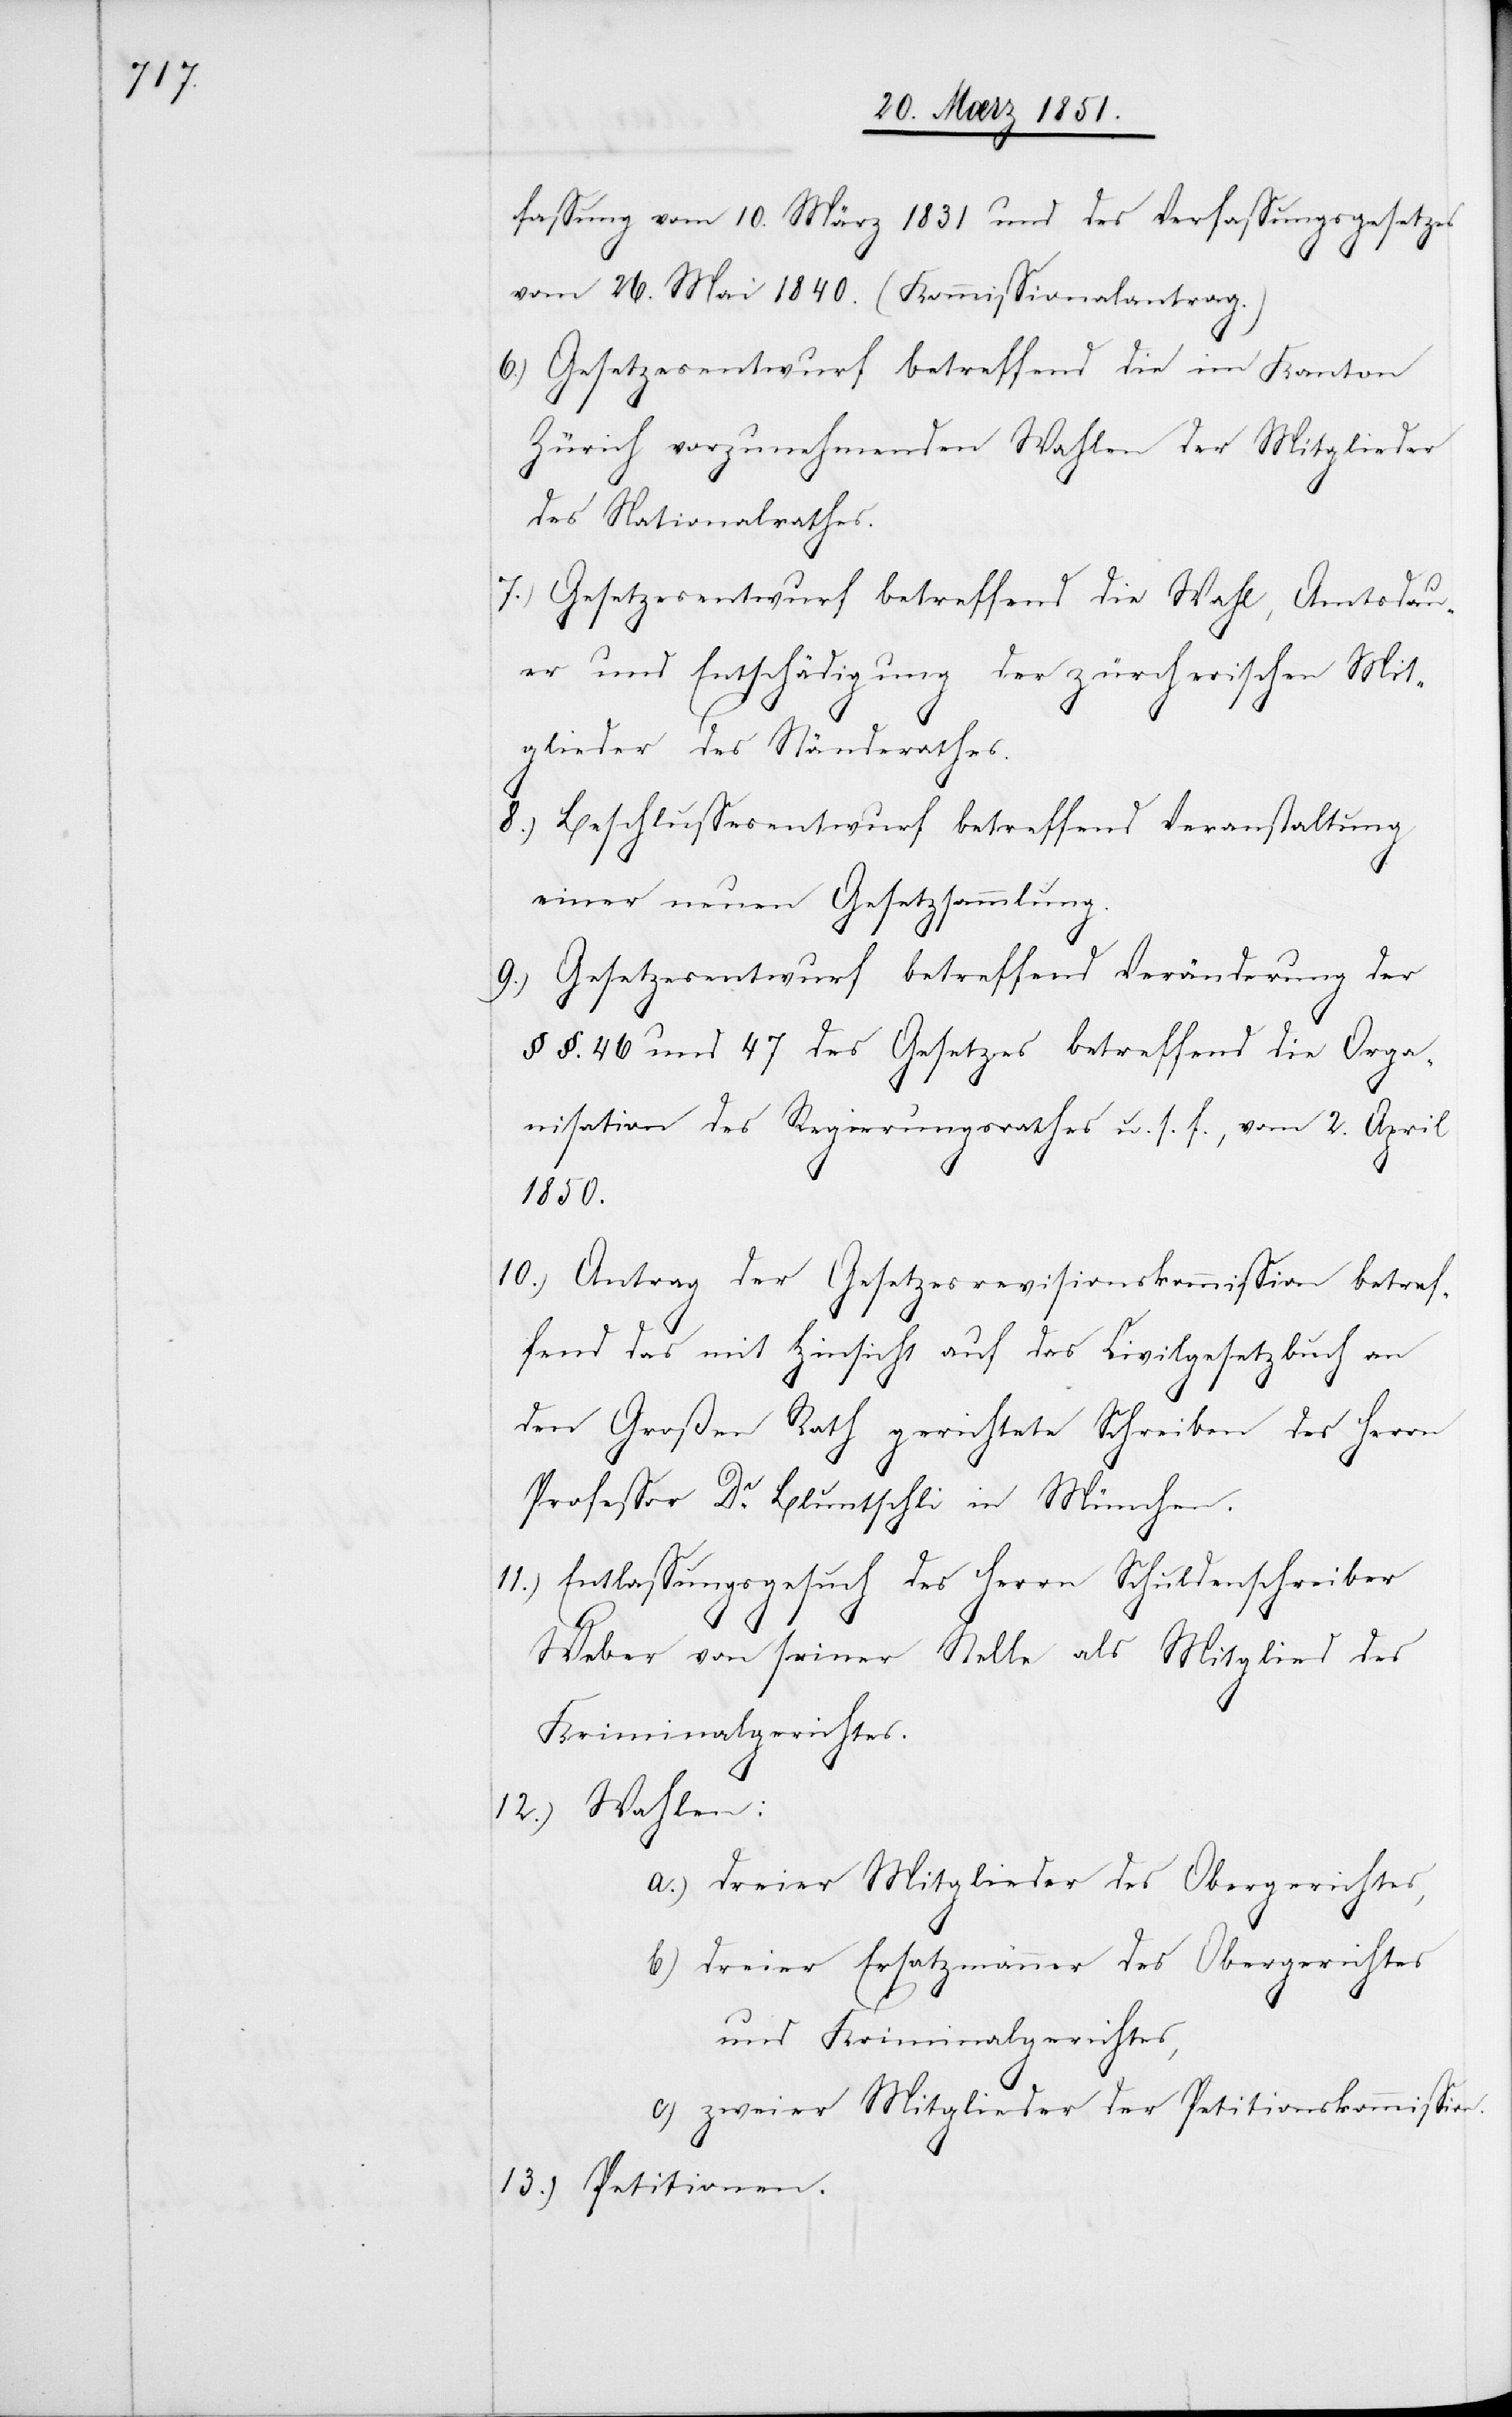
12.)

fassung vom 10. März 1831 und des Verfassungsgesetzes
vom 26. Mai 1840. (Kommissionalantrag.)
6.)
Gesetzesentwurf betreffend die im Kanton
Zürich vorzunehmenden Wahlen der Mitglieder
des Nationalrathes.
Gesetzesentwurf betreffend die Wahl, Amtsdau¬
er und Entschädigung der zürcherischen Mit¬
glieder des Ständerathes.
Beschlussesentwurf betreffend Veranstaltung
einer neuen Gesetzsammlung.
9.)
Gesetzesentwurf betreffend Veränderung der
§§. 46 und 47 des Gesetzes betreffend die Orga¬
nisation des Regierungsrathes u. s. f., vom 2. April
1850.
Antrag der Gesetzesrevisionskommission betref¬
fend das mit Hinsicht auf das Civilgesetzbuch an
den Großen Rath gerichtete Schreiben des Herrn
Professor Dr. Bluntschli in München.
Entlassungsgesuch des Herrn Schuldenschreiber
Weber von seiner Stelle als Mitglied des
Kriminalgerichtes.
dreier Mitglieder des Obergerichtes,
dreier Ersatzmänner des Obergerichtes
und Kriminalgerichtes,
zweier Mitglieder der Petitionskommission.
Petitionen.